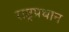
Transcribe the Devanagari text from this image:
राष्ट्रप्रधान